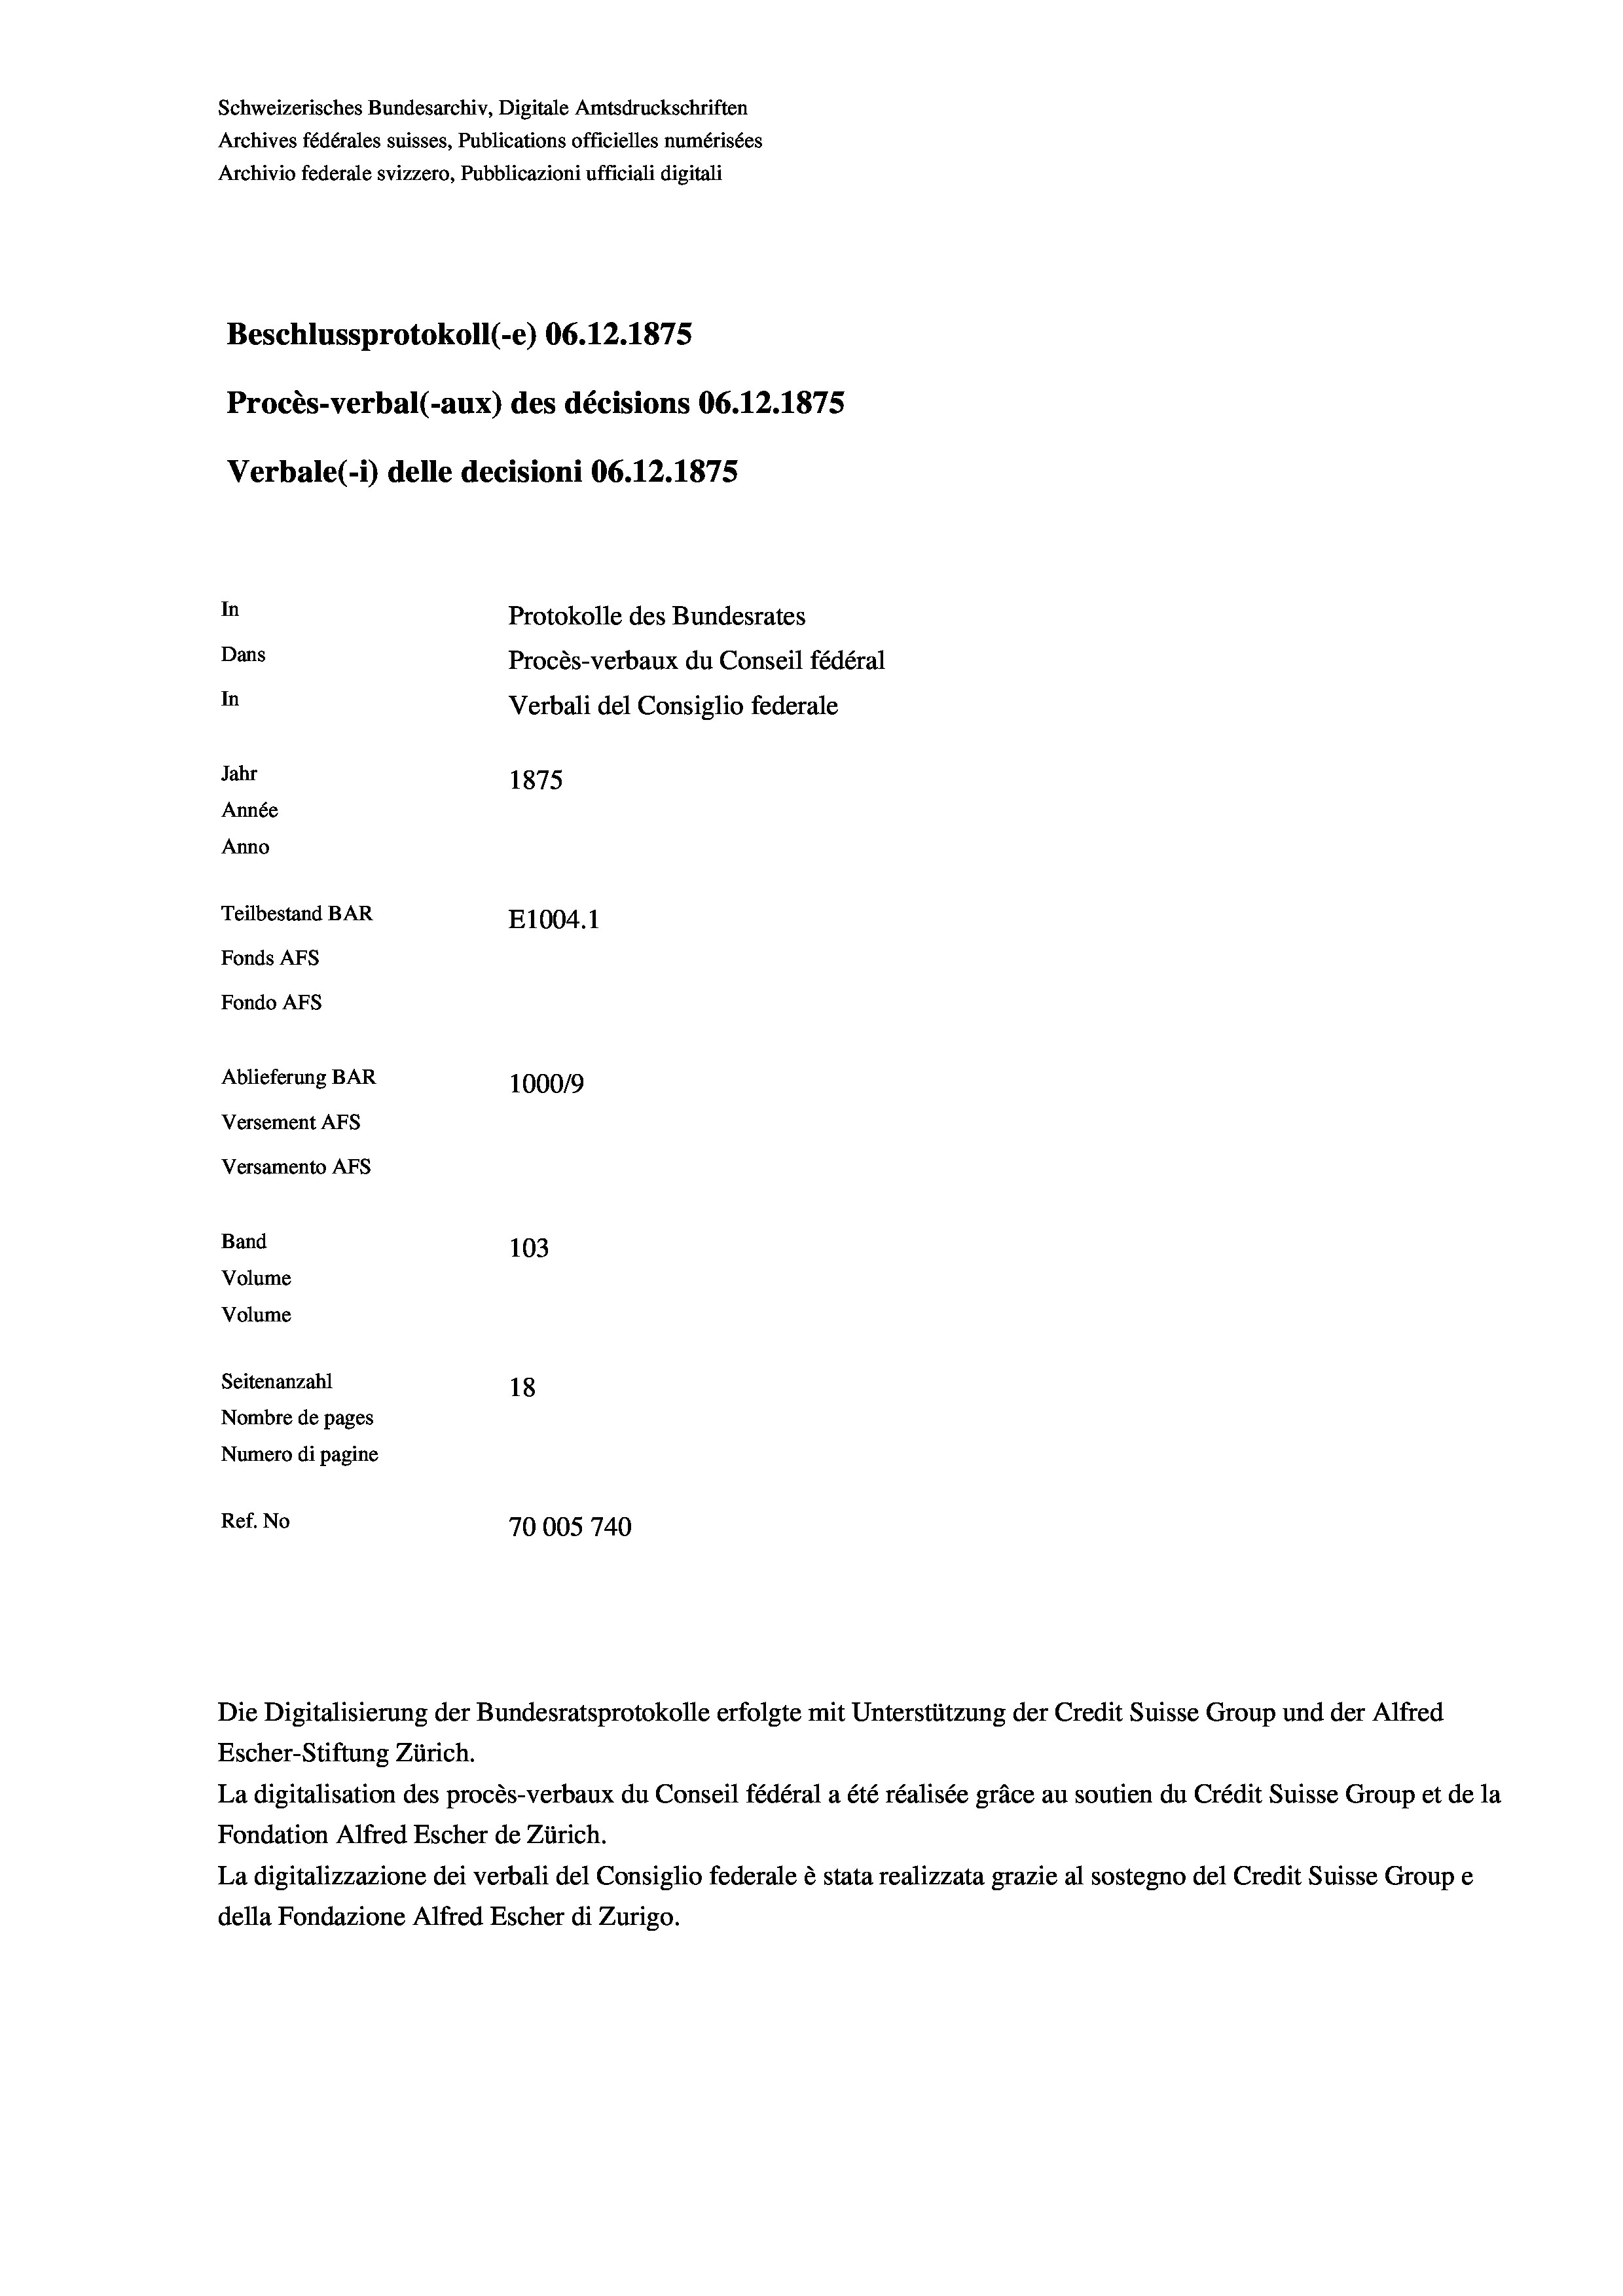
Schweizerisches Bundesarchiv, Digitale Amtsdruckschriften
Archives fédérales suisses, Publications officielles numérisées
Archivio federale svizzero, Pubblicazioni ufficiali digitali
Beschlussprotokoll (-e) 06.12.1875
Procès-verbal (-aux) des décisions 06.12.1875
Verbale (1) delle decisioni 06.12.1875
In
Protokolle des Bundesrates
Dans
Procès-verbaux du Conseil fédéral
In
Verbali del Consiglio federale
Jahr
1875
Année
Anno
Teilbestand BAR
E1004. 1
Fonds AFs
Fondo AFs
Ablieferung BAR
1000/9
Versement Abs
Versamento AFs
Band

103
Volume
Volume
Seitenanzahl
18
Nombre de pages
Numero di pagine
Ref. No
70005740

Die Digitalisierung der Bundesratsprotokolle erfolgte mit Unterstützung der Credit Suisse Group und der Alfred
Escher-Stiftung Zürich.
La digitalisation des procès-verbaux du Conseil fédéral a été réalisée gräce au soutien du Crédit Suisse Group et de la
Fondation Alfred Escher de Zürich.
La digitalizzazione dei verbali del Consiglio federale è stata realizzata grazie al sostegno del Credit Suisse Groupe
della Fondazione Alfred Escher di Zurigo.